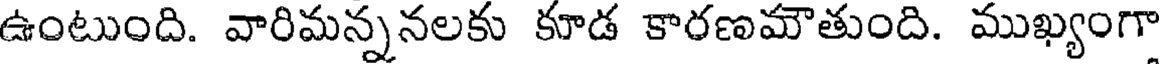
ఉంటుంది. వారిమన్ననలకు కూడ కారణమౌతుంది. ముఖ్యంగా